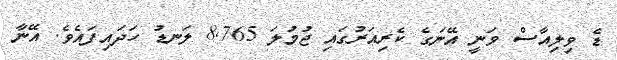
ޑެ ވިލިއާސް ވަނީ އޭނަގެ ކެރިއަރުގައި ޖުމުލަ 8